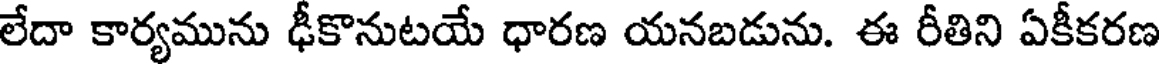
లేదా కార్యమును ఢీకొనుటయే ధారణ యనబడును. ఈ రీతిని ఏకీకరణ